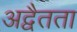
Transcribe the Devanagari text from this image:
अद्वैतता